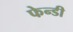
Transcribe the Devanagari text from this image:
फेन्डी